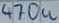
Text: 470u